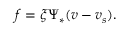
f = \xi \Psi _ { * } ( v - v _ { s } ) .